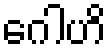
ဂေါဟိ